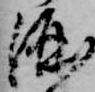
酒